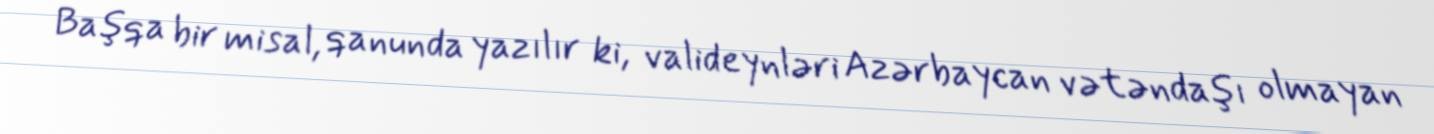
Başqa bir misal, qanunda yazılır ki, valideynləri Azərbaycan vətəndaşı olmayan